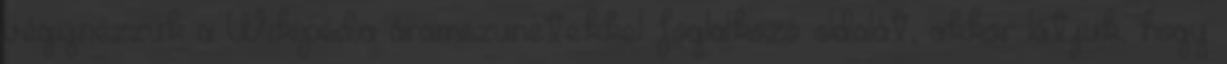
végignézzük a Wikipédia áramszünetekkel foglalkozó oldalát, akkor látjuk, hogy